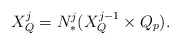
\begin{align*} X^j_Q = N^j_*(X^{j-1}_Q \times Q_p). \end{align*}